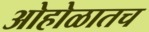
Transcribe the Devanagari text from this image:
ओहोळातच